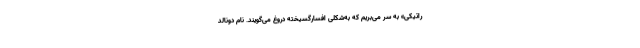
راتیکی» به سر می‌بریم که به‌شکلی افسارگسیخته دروغ می‌گویند. نام دونالد